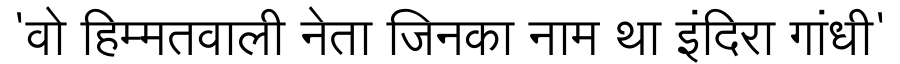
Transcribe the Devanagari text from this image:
'वो हिम्मतवाली नेता जिनका नाम था इंदिरा गांधी'